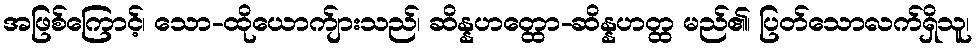
အဖြစ်ကြောင့်၊ သော-ထိုယောက်ျားသည်၊ ဆိန္နဟတ္ထော-ဆိန္နဟတ္ထ မည်၏၊ ပြတ်သောလက်ရှိသူ၊